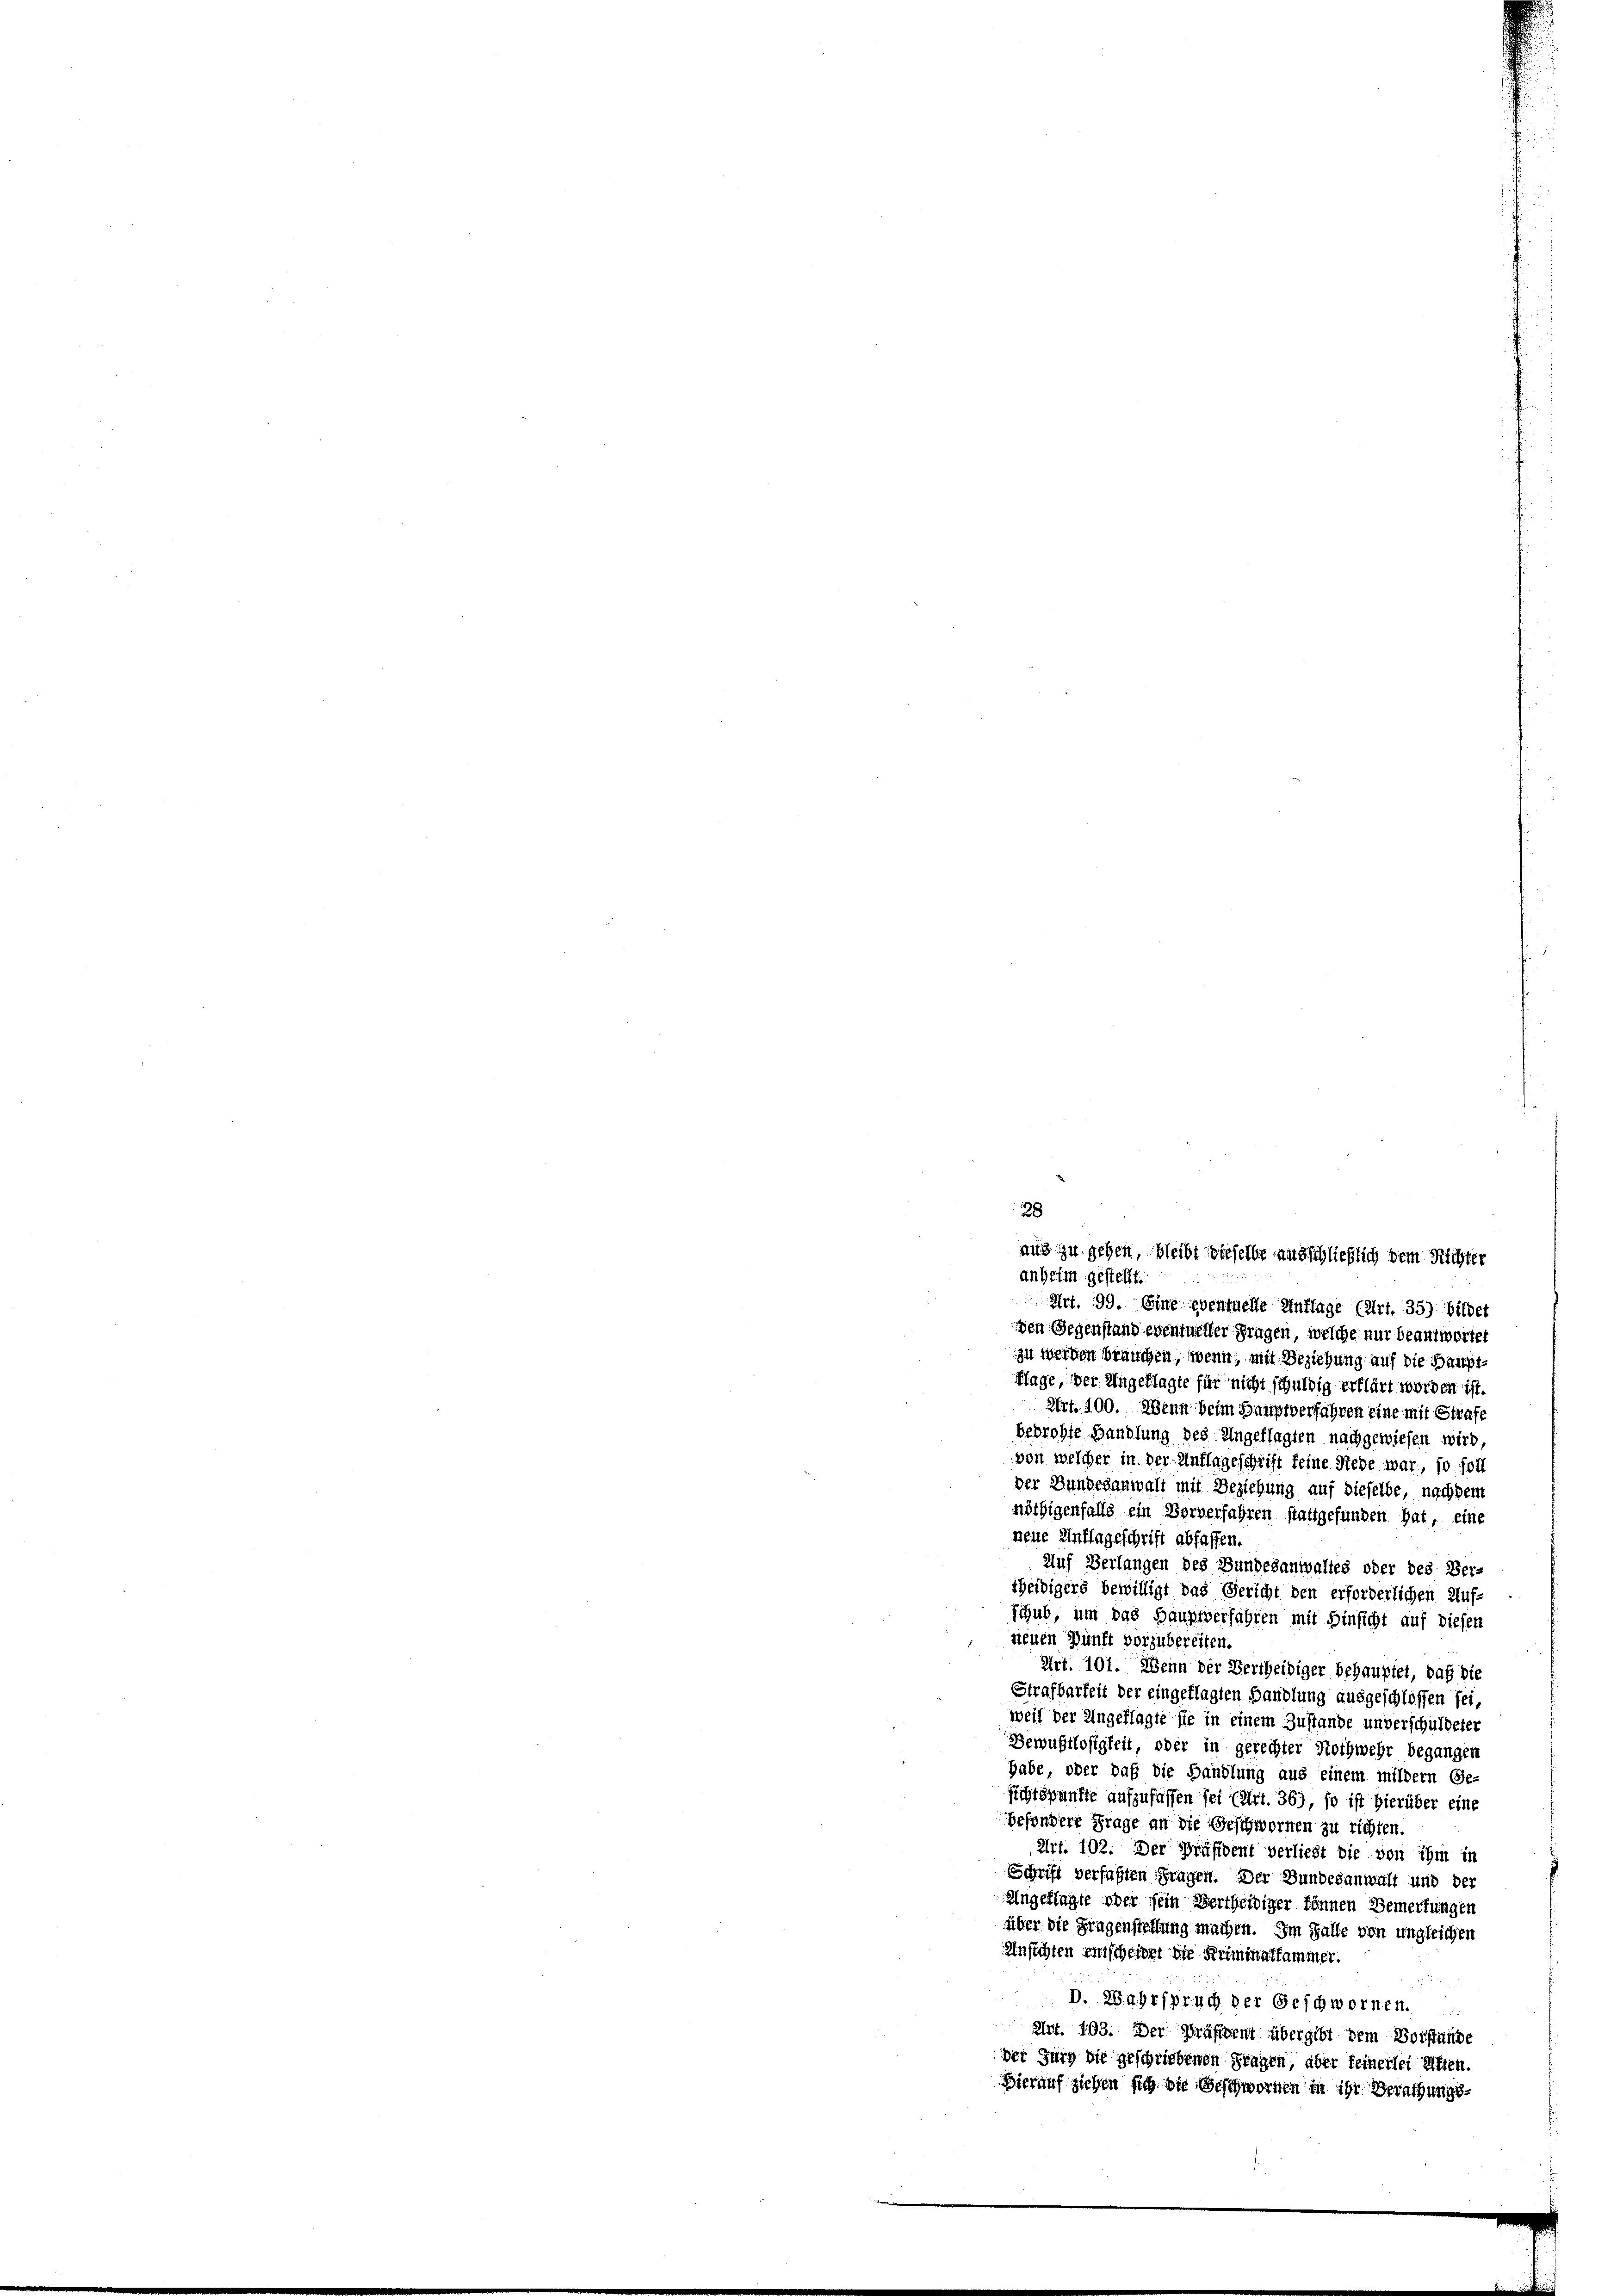
Art. 99. Eine eventuelle Unflage (Art. 35) bildet
den Gegenstand eventueller Fragen, welche nur beantwortet
zu werden brauchen, wenn, mit Beziehung auf die Hauptflage, der Angeklagte für nicht schuldig erklärt worden ist.
Art. 100. Wenn beim Hauptverfahren eine mit Strafe
bedrohte Handlung des Angeklagten nachgewiesen wird.
von welcher in der Auflageschrift feine Rede war, so soll
der Bundesanwalt mit Beziehung auf dieselbe, nachdem
nöthigenfalls ein Vorverfahren stattgefunden hat, eine
neue Auflageschrift abfassen.
Auf Verlangen des Bundesanwaltes oder des Ber-
cheidigers bewilligt das Gericht den erforderlichen Auf-
Schub, um das Hauptverfahren mit Hinsicht auf diesen
neuen Zunft vorzubereiten.
Art. 101. Wenn der Bertheidiger behauptet, daß die
Strafbarkeit der eingeklagten Handlung ausgeschlossen sei,
weil der Angeklagte sie in einem Zustande unverschuldeter
Bewußtlosigkeit oder in gerechter Nothwehr begangen
habe, oder daß die Handlung aus einem mildern Ge-
sichtspunkte aufzufassen sei (Art. 36), so ist hierüber eine
besondere Frage an die Geschwornen zu richten.
Art. 102. Der Präsident verliebt die von ihm in
Schrift verfaßten Fragen. Der Bundesanwalt und der
Angeklagte oder sein Bertheiliger können Bemerkungen
über die Fragenstellung machen. Im Falle von ungleichen
Ansichten entscheidet die Kriminalsammer.
 D. Wahrspruch der Geschwornen.
Art. 103. Der Präsident übergibt dem Vorstände
der Jurg die geschriebenen Fragen, aber feinerlei Aften.
Hierauf ziehen sich die Geschwornen in ihr Berathungs¬

28
aus zu gehen, bleibt dieselbe ausschließlich dem Richter
anheim gestellt.